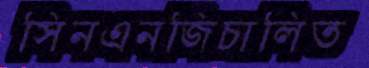
সিনএনজিচালিত